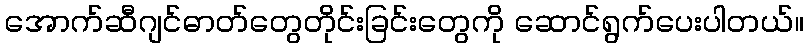
အောက်ဆီဂျင်ဓာတ်တွေတိုင်းခြင်းတွေကို ဆောင်ရွက်ပေးပါတယ်။